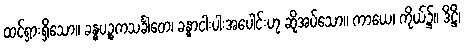
ထင်ရှားရှိသော။ ခန္ဓပဉ္စကသင်္ခါတေ၊ ခန္ဓာငါးပါးအပေါင်းဟု ဆိုအပ်သော။ ကာယေ၊ ကိုယ်၌။ ဒိဋ္ဌိ၊